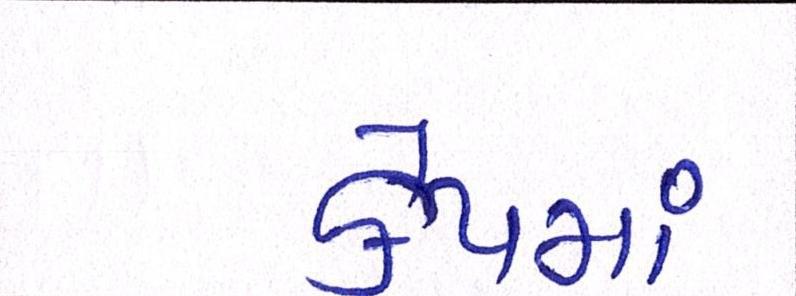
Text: કેપમાં